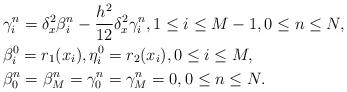
LaTeX: \begin{align*} &\gamma_i^n=\delta_x^2 \beta_i^n-\frac{h^2}{12}\delta_x^2 \gamma_i^n,1\leq i \leq M-1,0\leq n\leq N,\\ &\beta_i^0=r_1(x_i),\eta_i^0=r_2(x_i), 0\leq i \leq M,\\ &\beta_0^n=\beta_M^n=\gamma_0^n=\gamma_M^n=0,0\leq n\leq N. \end{align*}